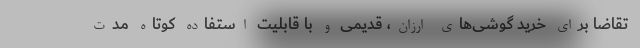
تقاضا برای خرید گوشی‌های ارزان، قدیمی و با قابلیت استفاده کوتاه مدت